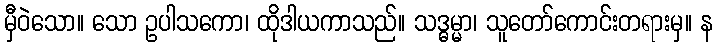
မှီဝဲသော။ သော ဥပါသကော၊ ထိုဒါယကာသည်။ သဒ္ဓမ္မာ၊ သူတော်ကောင်းတရားမှ။ န